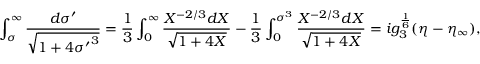
\int _ { \sigma } ^ { \infty } { \frac { d \sigma ^ { \prime } } { \sqrt { 1 + 4 { \sigma ^ { \prime } } ^ { 3 } } } } = { \frac { 1 } { 3 } } \int _ { 0 } ^ { \infty } { \frac { X ^ { - 2 / 3 } d X } { \sqrt { 1 + 4 X } } } - { \frac { 1 } { 3 } } \int _ { 0 } ^ { \sigma ^ { 3 } } { \frac { X ^ { - 2 / 3 } d X } { \sqrt { 1 + 4 X } } } = i g _ { 3 } ^ { \frac { 1 } { 6 } } ( \eta - \eta _ { \infty } ) ,